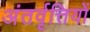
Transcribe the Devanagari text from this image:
अंतर्वृत्तियों